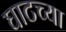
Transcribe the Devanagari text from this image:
घाटच्या